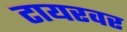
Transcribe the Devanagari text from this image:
टायरवर